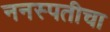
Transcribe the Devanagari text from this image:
ननस्पतीचा